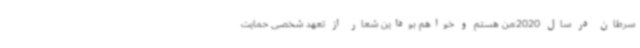
سرطان در سال 2020:من هستم و خواهم بوداین شعار از تعهد شخصی حمایت